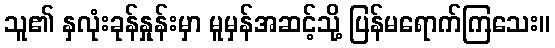
သူ၏ နှလုံးခုန်နှုန်းမှာ မူမှန်အဆင့်သို့ ပြန်မရောက်ကြသေး။